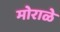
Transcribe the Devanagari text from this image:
मोराळे